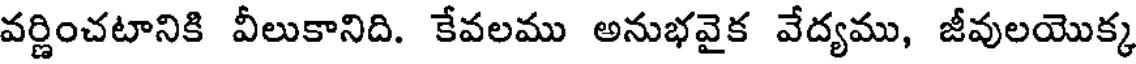
వర్ణించటానికి వీలుకానిది. కేవలము అనుభవైక వేద్యము, జీవులయొక్క